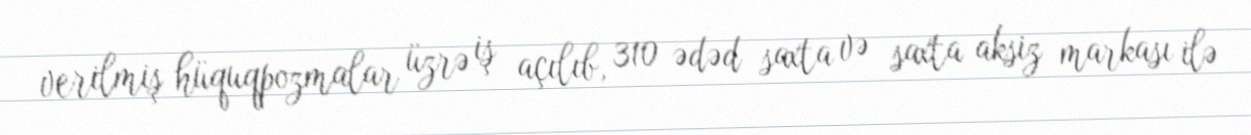
verilmiş hüquqpozmalar üzrə iş açılıb, 310 ədəd saxta və saxta aksiz markası ilə